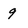
Character: 9